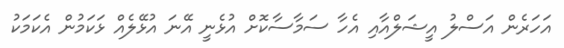
އަހަރެން އަސްލު އީޝަލްއާއި އެހާ ސަމާސާކޮށް އުޅެނީ އޭނަ އުޅޭލެއް ޅަކަމުން އެކަމަކު